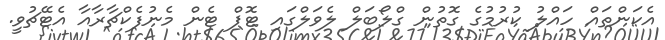
އެކަންތައް ހައްލު ކުރުމުގެ ގޮތުން ގްލޯބަލް ލެވަލްގައި ޓޮޕް ޓެން މެނުފެކްޗާރާއާ އެޓޭޗުވީ.